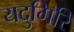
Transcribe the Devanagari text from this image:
यदुगिरि